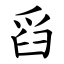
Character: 舀